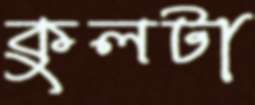
কুলটা